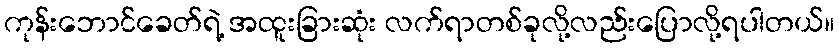
ကုန်းဘောင်ခေတ်ရဲ့ အထူးခြားဆုံး လက်ရာတစ်ခုလို့လည်းပြောလို့ရပါတယ်။